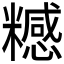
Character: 𥽇